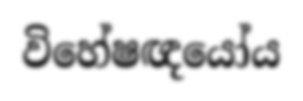
විහේෂඥයෝය